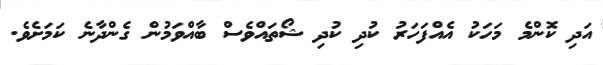
އަދި ކޮންމެ މަހަކު އެއްފަހަރު ކުދި ކުދި ޝޯތައްވެސް ބާއްވަމުން ގެންދާނެ ކަމަށެވެ.